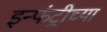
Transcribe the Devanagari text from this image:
इन्फंट्रीच्या